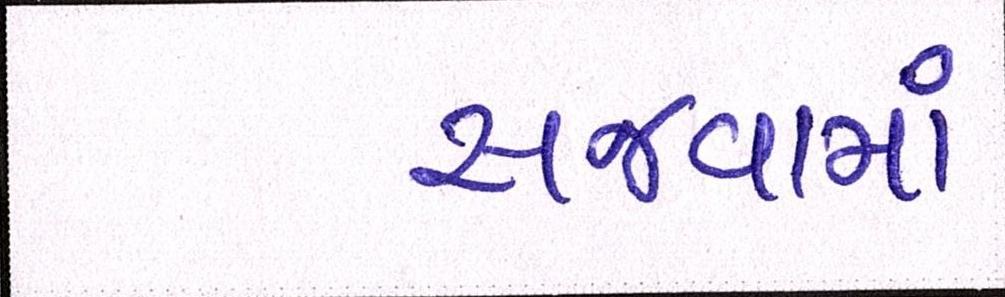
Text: સજવામાં